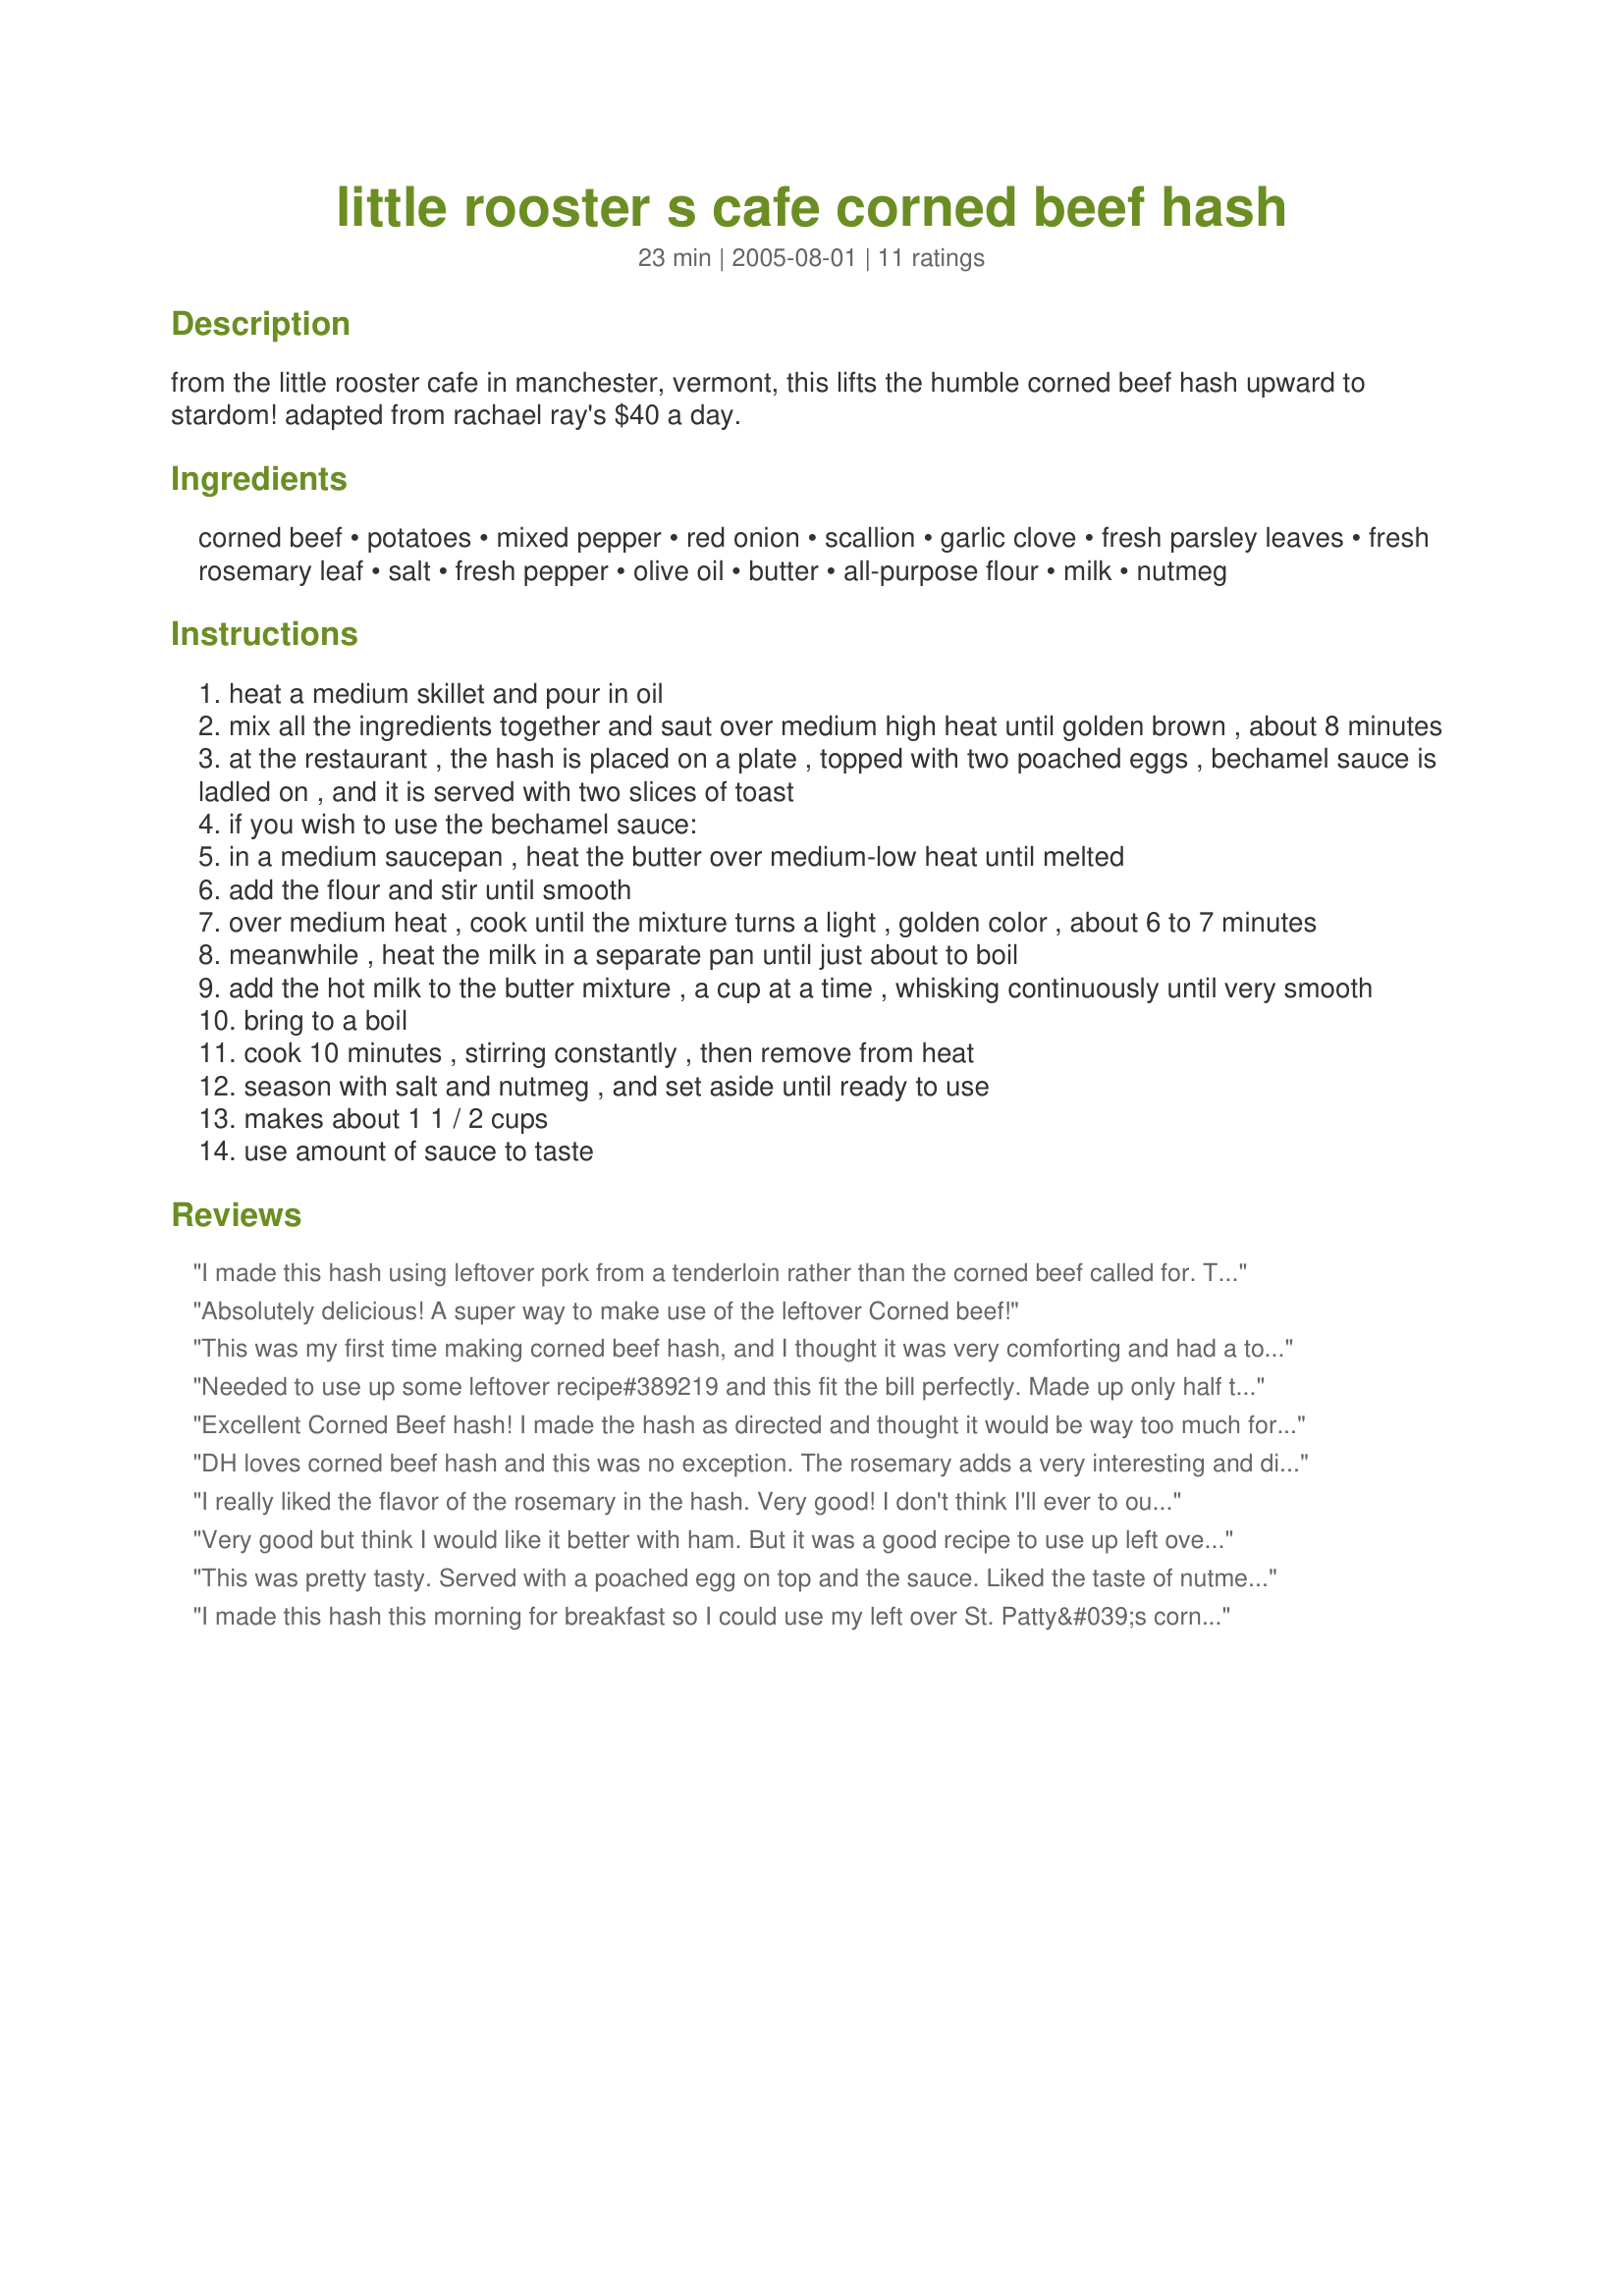
little rooster s cafe corned beef hash
Preparation time: 23 minutes

from the little rooster cafe in manchester, vermont, this lifts the humble corned beef hash upward to stardom! adapted from rachael ray's $40 a day.

Ingredients:
corned beef, potatoes, mixed pepper, red onion, scallion, garlic clove, fresh parsley leaves, fresh rosemary leaf, salt, fresh pepper, olive oil, butter, all-purpose flour, milk, nutmeg

Steps:
heat a medium skillet and pour in oil
mix all the ingredients together and saut over medium high heat until golden brown , about 8 minutes
at the restaurant , the hash is placed on a plate , topped with two poached eggs , bechamel sauce is ladled on , and it is served with two slices of toast
if you wish to use the bechamel sauce:
in a medium saucepan , heat the butter over medium-low heat until melted
add the flour and stir until smooth
over medium heat , cook until the mixture turns a light , golden color , about 6 to 7 minutes
meanwhile , heat the milk in a separate pan until just about to boil
add the hot milk to the butter mixture , a cup at a time , whisking continuously until very smooth
bring to a boil
cook 10 minutes , stirring constantly , then remove from heat
season with salt and nutmeg , and set aside until ready to use
makes about 1 1 / 2 cups
use amount of sauce to taste

Reviews:
I made this hash using leftover pork from a tenderloin rather than the corned beef called for. The rosemary, as noted by other reviewers, provides a different flavour element than you would normally expect from a hash, but it was very good, especially with the pork. I doubled the amount of onions as the ones we have now are new harvest and very sweet and juicy and begging to be used. I opted out on the bechamel to save a few calories, but did top each serving with a fried egg.
Absolutely delicious! A super way to make use of the leftover Corned beef!
This was my first time making corned beef hash, and I thought it was very comforting and had a touch of being gourmet because of the rosemary and nutmeg-spiced cream sauce. I served it with poached eggs and the sauce on top. This recipe does not make a whole lot (please note that it is intended for 2 servings) so if you have a bigger family or guests, you may want to double the hash part. However, the bechamel sauce made a lot, and we had a ton leftover.
Needed to use up some leftover recipe#389219 and this fit the bill perfectly. Made up only half the sauce and it was enough for us. TFS the good stuff.
Excellent Corned Beef hash! I made the hash as directed and thought it would be way too much for two of us. 'Someone' ate a huge portion :) I did go with the bechamel option but I find most bechamel a little bland so I used the trick a restauranteur taught me. When it is all blended I added a whole clove of garlic and 1/2 an onion. I fished these out before serving. The poached eggs on top were a great touch. Served with toast on the side. Yum.
DH loves corned beef hash and this was no exception. The rosemary adds a very interesting and different flavor. I looked at the nutritional values and went wow! Well after making this, I believe that the folks at Little Rooster's must have very large appetites. I used 1 medium potato which was diced small, a combination of red and green bell peppers and a leek in place of the scallions. I did make the Bechamel sauce using fat free milk. With one potato this recipe easily feed four topped with a fried egg and a side order of toast.
I really liked the flavor of the rosemary in the hash. Very good! I don't think I'll ever to out for corned beef hash and poached eggs again! I was glad that there was no worchestershire sauce in this recipe, some I've tried in the past relied on it for most of the flavor, which isn't what a good CBH should taste like. Thanks for posting. Made and reviewed for Zaar Tag Aug, 2005.
Very good but think I would like it better with ham. But it was a good recipe to use up left over corned beef.
This was pretty tasty. Served with a poached egg on top and the sauce. Liked the taste of nutmeg. Easy to make.
I made this hash this morning for breakfast so I could use my left over St. Patty&#039;s corned beef and veggies. (I also made a soup for lunch using almost the same ingredients). I served it with scrambled eggs and toast. I did not have a scallion or fresh rosemary, but I&#039;m sure that would have boosted the flavors even more. I also used the Bechamel. Extremely quick and quite easy to prepare. Thank you for a very good recipe. Made for PRMR - Spring 2013
So delicious! I didn't have scallions on hand, so I just increased the amount of chopped onion. The peppers and the parsley add so much flavor! Instead of Bechamel sauce, I made microwave Hollandaise, as that is the family favorite. I did increase the potatoes a bit. The next time I prepare this recipe, I will omit the rosemary---this is not a criticism, just a personal preference. Altogether a great recipe, do try it!
